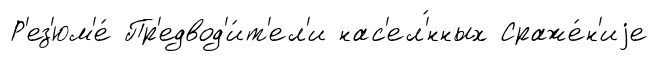
Р'ез'юм'е́ Пр'едвод'и́т'ел'и нас'ел'́нных Сраже́н'иjе